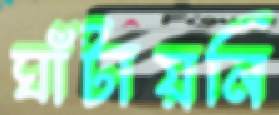
ঘাঁটায়নি